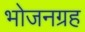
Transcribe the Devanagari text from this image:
भोजनग्रह